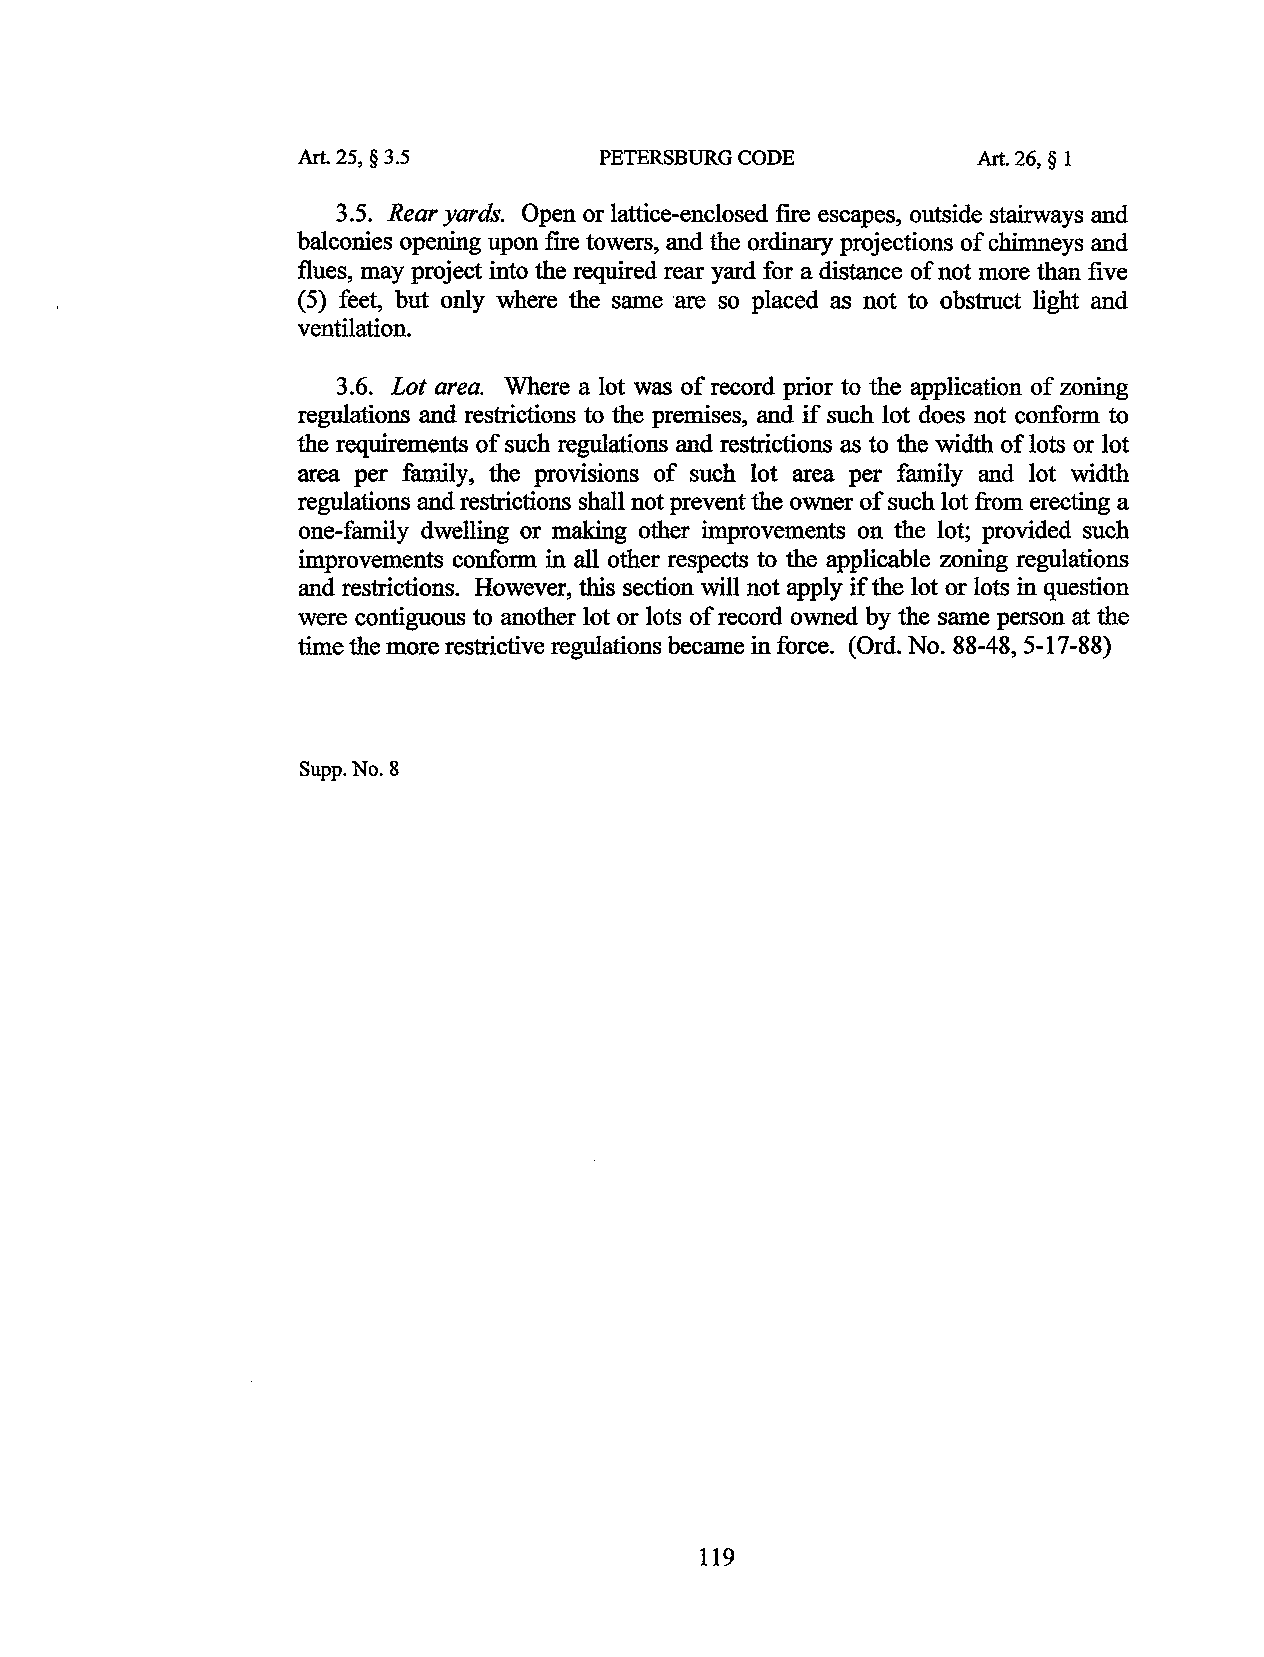
Art. 25, § 3.5      PETERSBURG CODE          Art. 26, § 1
 3.5. Rear yards. Open or lattice-enclosed fire escapes, outside stairways and
 balconies opening upon fire towers, and the ordinary projections of chimneys and
 flues, may project into the required rear yard for a distance of not more than five
 (5) feet, but only where the same are so placed as not to obstruct light and
 ventilation.
 3 .6. Lot area. Where a lot was of record prior to the application of zoning
 regulations and restrictions to the premises, and if such lot does not conform to
 the requirements of such regulations and restrictions as to the width of lots or lot
 area per family, the provisions of such lot area per family and lot width
 regulations and restrictions shall not prevent the owner of such lot from erecting a
 one-family dwelling or making other improvements on the lot; provided such
 improvements conform in all other respects to the applicable zoning regulations
 and restrictions. However, this section will not apply if the lot or lots in question
 were contiguous to another lot or lots of record owned by the same person at the
 time the more restrictive regulations became in force. (Ord. No. 88-48, 5-17-88)
 Supp. No.8
 119